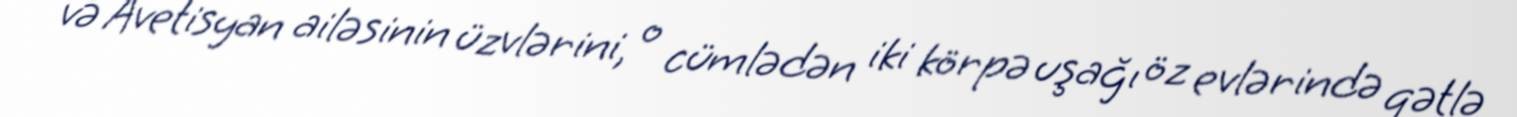
və Avetisyan ailəsinin üzvlərini, o cümlədən iki körpə uşağı öz evlərində qətlə